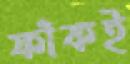
ফাঁকই